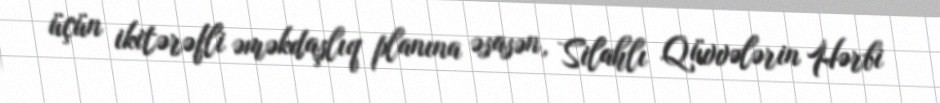
üçün ikitərəfli əməkdaşlıq planına əsasən, Silahlı Qüvvələrin Hərbi